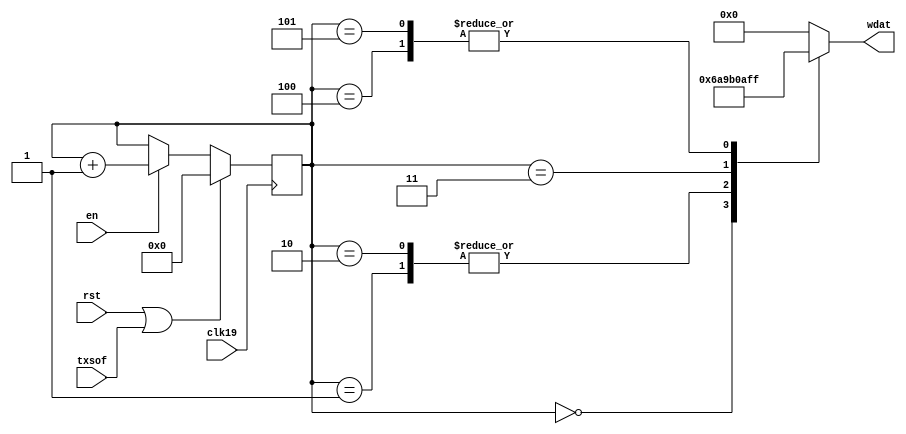
// Description  : Generate AU-4 pointer
////////////////////////////////////////////////////////////////////////////////

module ptrgen
    (
     clk19,
     rst,

     wdat,
     en,
     txsof
     );

////////////////////////////////////////////////////////////////////////////////
// Port declarations

input clk19;
input rst;

output [7:0] wdat;
input        en;
input        txsof;

////////////////////////////////////////////////////////////////////////////////
// Output declarations

reg [7:0]    wdat;

////////////////////////////////////////////////////////////////////////////////
// Parameter declarations

parameter   H1 = 8'b0110_1010,
            H2 = 8'b0000_1010,
            H3 = 8'b0000_0000,
            Y = 8'b1001_1011;

parameter   INIT = 0;

////////////////////////////////////////////////////////////////////////////////
// Local logic and instantiation

reg [3:0]   cnt;

always @(posedge clk19)
    begin
    if (rst || txsof)
        begin
        cnt <= INIT;
        end
    else if (en)
        begin
        cnt <= cnt + 4'd1;
        end
    end

always @(*)
    begin
    case(cnt)
        4'd0: wdat  = H1;
        4'd1: wdat  = Y;
        4'd2: wdat  = Y;
        4'd3: wdat  = H2;
        4'd4: wdat  = 8'hFF;
        4'd5: wdat  = 8'hFF;
        default: wdat   = H3;
    endcase
    end
        
endmodule